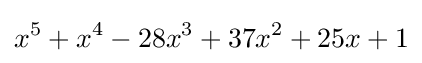
x^{5}+x^{4}-28x^{3}+37x^{2}+25x+1